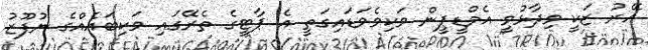
އޭރު ޒަކީ ވިދާޅުވީ އެމްޑީޕީން ވަކިވެވަޑައިގަތީ އެ ޕާޓީގެ ތެރޭގައި ވަކިބައެއްގެ ނުފޫޒު